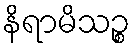
နိရာမိသဉ္စ